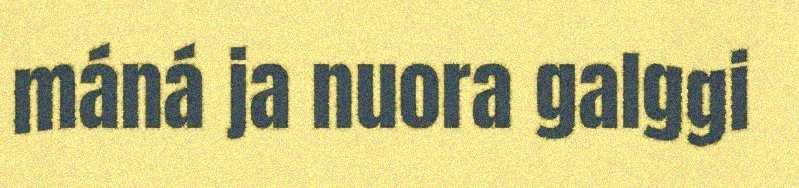
máná ja nuora galggi